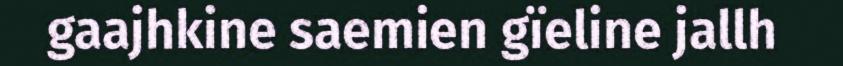
gaajhkine saemien gïeline jallh